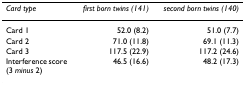
<table><thead><tr><td><b><i>Card type</i></b></td><td><b><i>first born twins (141)</i></b></td><td><b><i>second born twins (140)</i></b></td></tr></thead><tbody><tr><td>Card 1</td><td>52.0 (8.2)</td><td>51.0 (7.7)</td></tr><tr><td>Card 2</td><td>71.0 (11.8)</td><td>69.1 (11.3)</td></tr><tr><td>Card 3</td><td>117.5 (22.9)</td><td>117.2 (24.6)</td></tr><tr><td>Interference score (3 <i>minus </i>2)</td><td>46.5 (16.6)</td><td>48.2 (17.3)</td></tr></tbody></table>